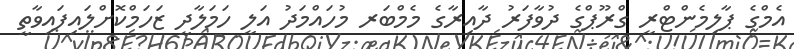
އެމްގެ ޕާލިމެންޓްރީ ގްރޫޕްގެ ދުވާފަރު ދާއިރާގެ މެމްބަރ މުހައްމަދު އަލީ ހަމަލާދީ ޒަހަމްކޮށްލައިފައިވާތީ